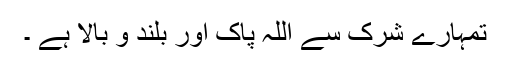
تمہارے شرک سے اللہ پاک اور بلند و بالا ہے ۔